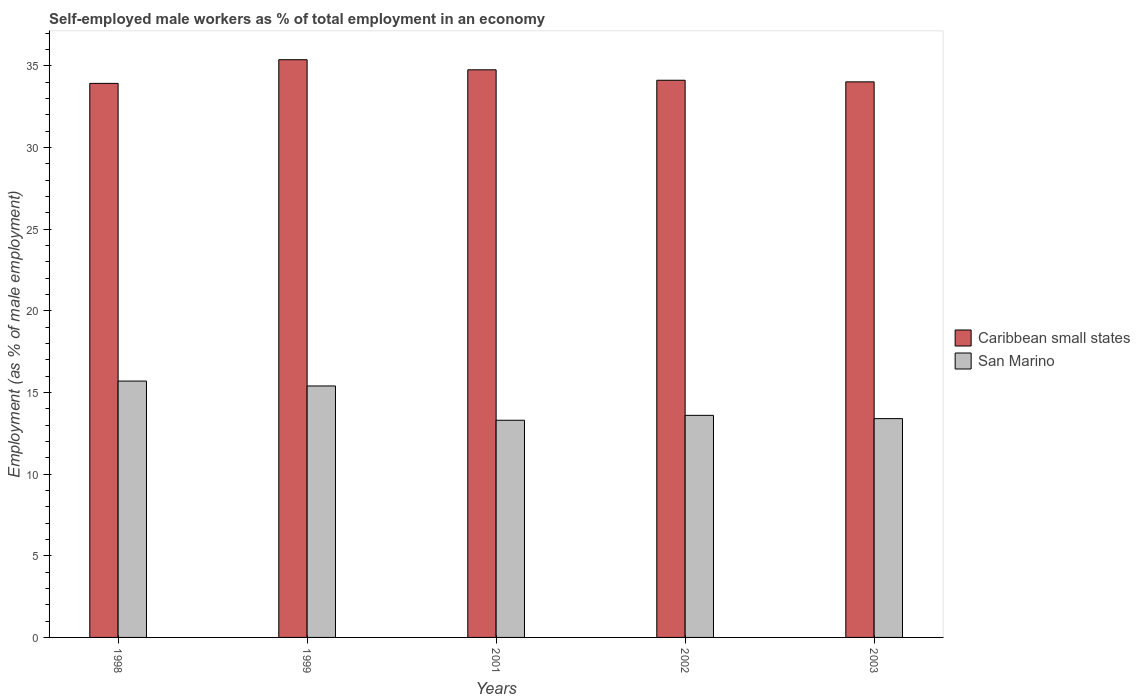
| Years | Caribbean small states | San Marino |
 | --- | --- | --- |
 | 1998 | 33.9 | 15.7 |
 | 1999 | 35.4 | 15.4 |
 | 2001 | 34.8 | 13.3 |
 | 2002 | 34.1 | 13.6 |
 | 2003 | 34 | 13.4 |